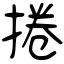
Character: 捲